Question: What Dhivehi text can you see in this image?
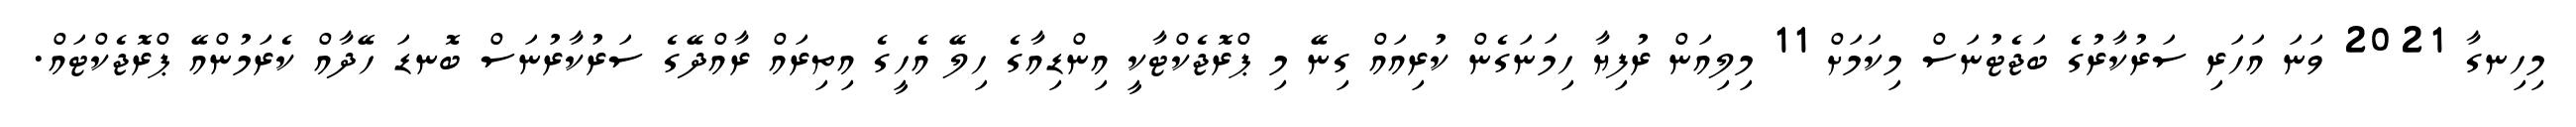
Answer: މިހިނގާ 2021 ވަނަ އަހަރި ސަރުކާރުގެ ބަޖެޓުނަސް މިކަމަށް 11 މިލިއަން ރުފިޔާ ހިމަނަގެން ކުރިއައް ގިނޭ މި ޕްރޮޖެކްޓާކީ އިންޑިއާގެ ހިލޭ އެހީގެ އިތިރައް ރާއްދޭގެ ސަރުކާރުނަސް ބޮނޑަ ހޭދާއް ކެރަމުންއޭ ޕްރޮޖެކްޓައް.